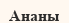
Ананы